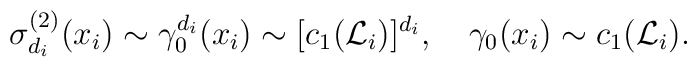
\sigma^{(2)}_{d_i}(x_i)\sim \gamma_0^{d_i}(x_i)\sim[c_1({\cal L}_i)]^{d_i},\quad \gamma_0(x_i)\sim c_1({\cal L}_i).